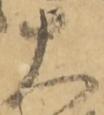
大